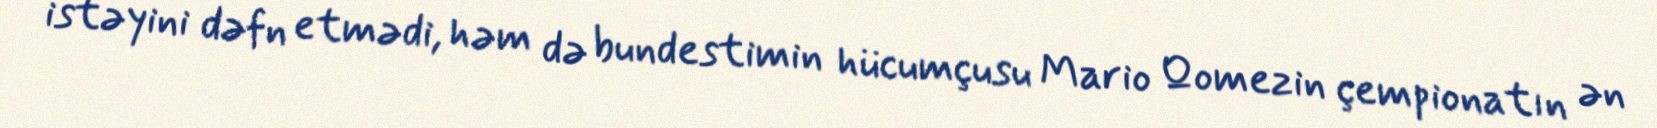
istəyini dəfn etmədi, həm də bundestimin hücumçusu Mario Qomezin çempionatın ən